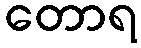
တောရ